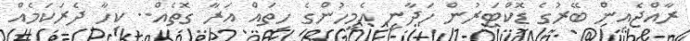
ރާއްޖެއިން ބޭރުގެ ޑޮކްޓަރުން ހަދާނީ އެމީހުންގެ ހިތައް އަރާ ގޮތެއް.. ކިހާ ދެރަކަމެއް